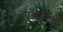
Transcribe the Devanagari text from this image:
गणनेनंतर